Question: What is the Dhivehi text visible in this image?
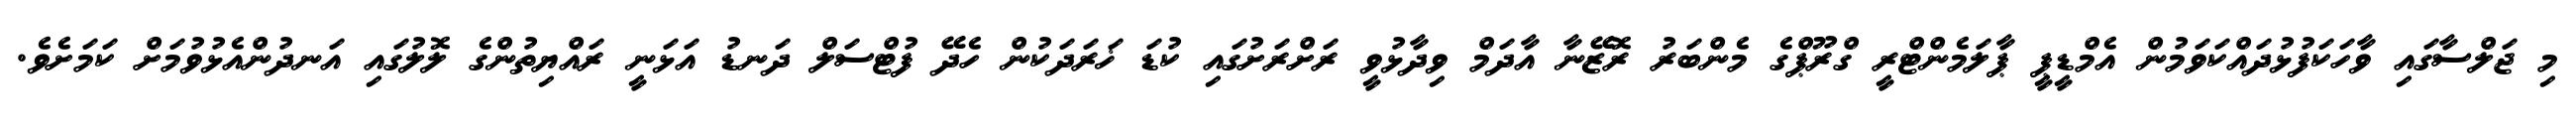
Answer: މި ޖަލްސާގައި ވާހަކަފުޅުދައްކަވަމުން އެމްޑީޕީ ޕާލަމެންޓްރީ ގްރޫޕްގެ މެންބަރު ރޮޒޭނާ އާދަމް ވިދާޅުވީ ރަށްރަށުގައި ކުޑަ ޚަރަދަކުން ހެދޭ ފުޓްސަލް ދަނޑު އަޅަނީ ރައްޔިތުންގެ ލޮލުގައި އަނދުންއެޅުވުމަށް ކަމަށެވެ.